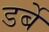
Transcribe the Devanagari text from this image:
डर्बे